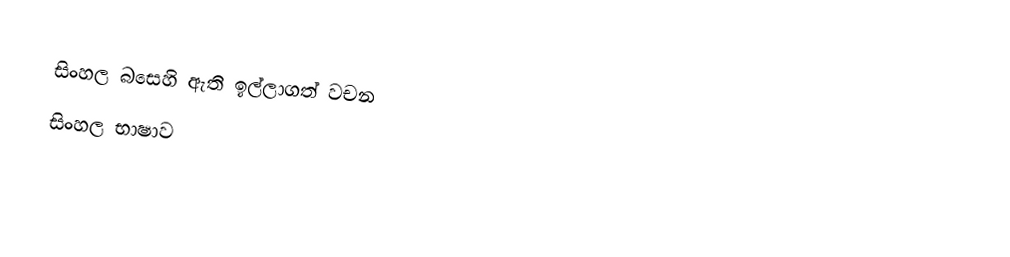
සිංහල බසෙහි ඇති ඉල්ලාගත් වචන
සිංහල භාෂාව